Rakvere_kinnistusamet, lk 10
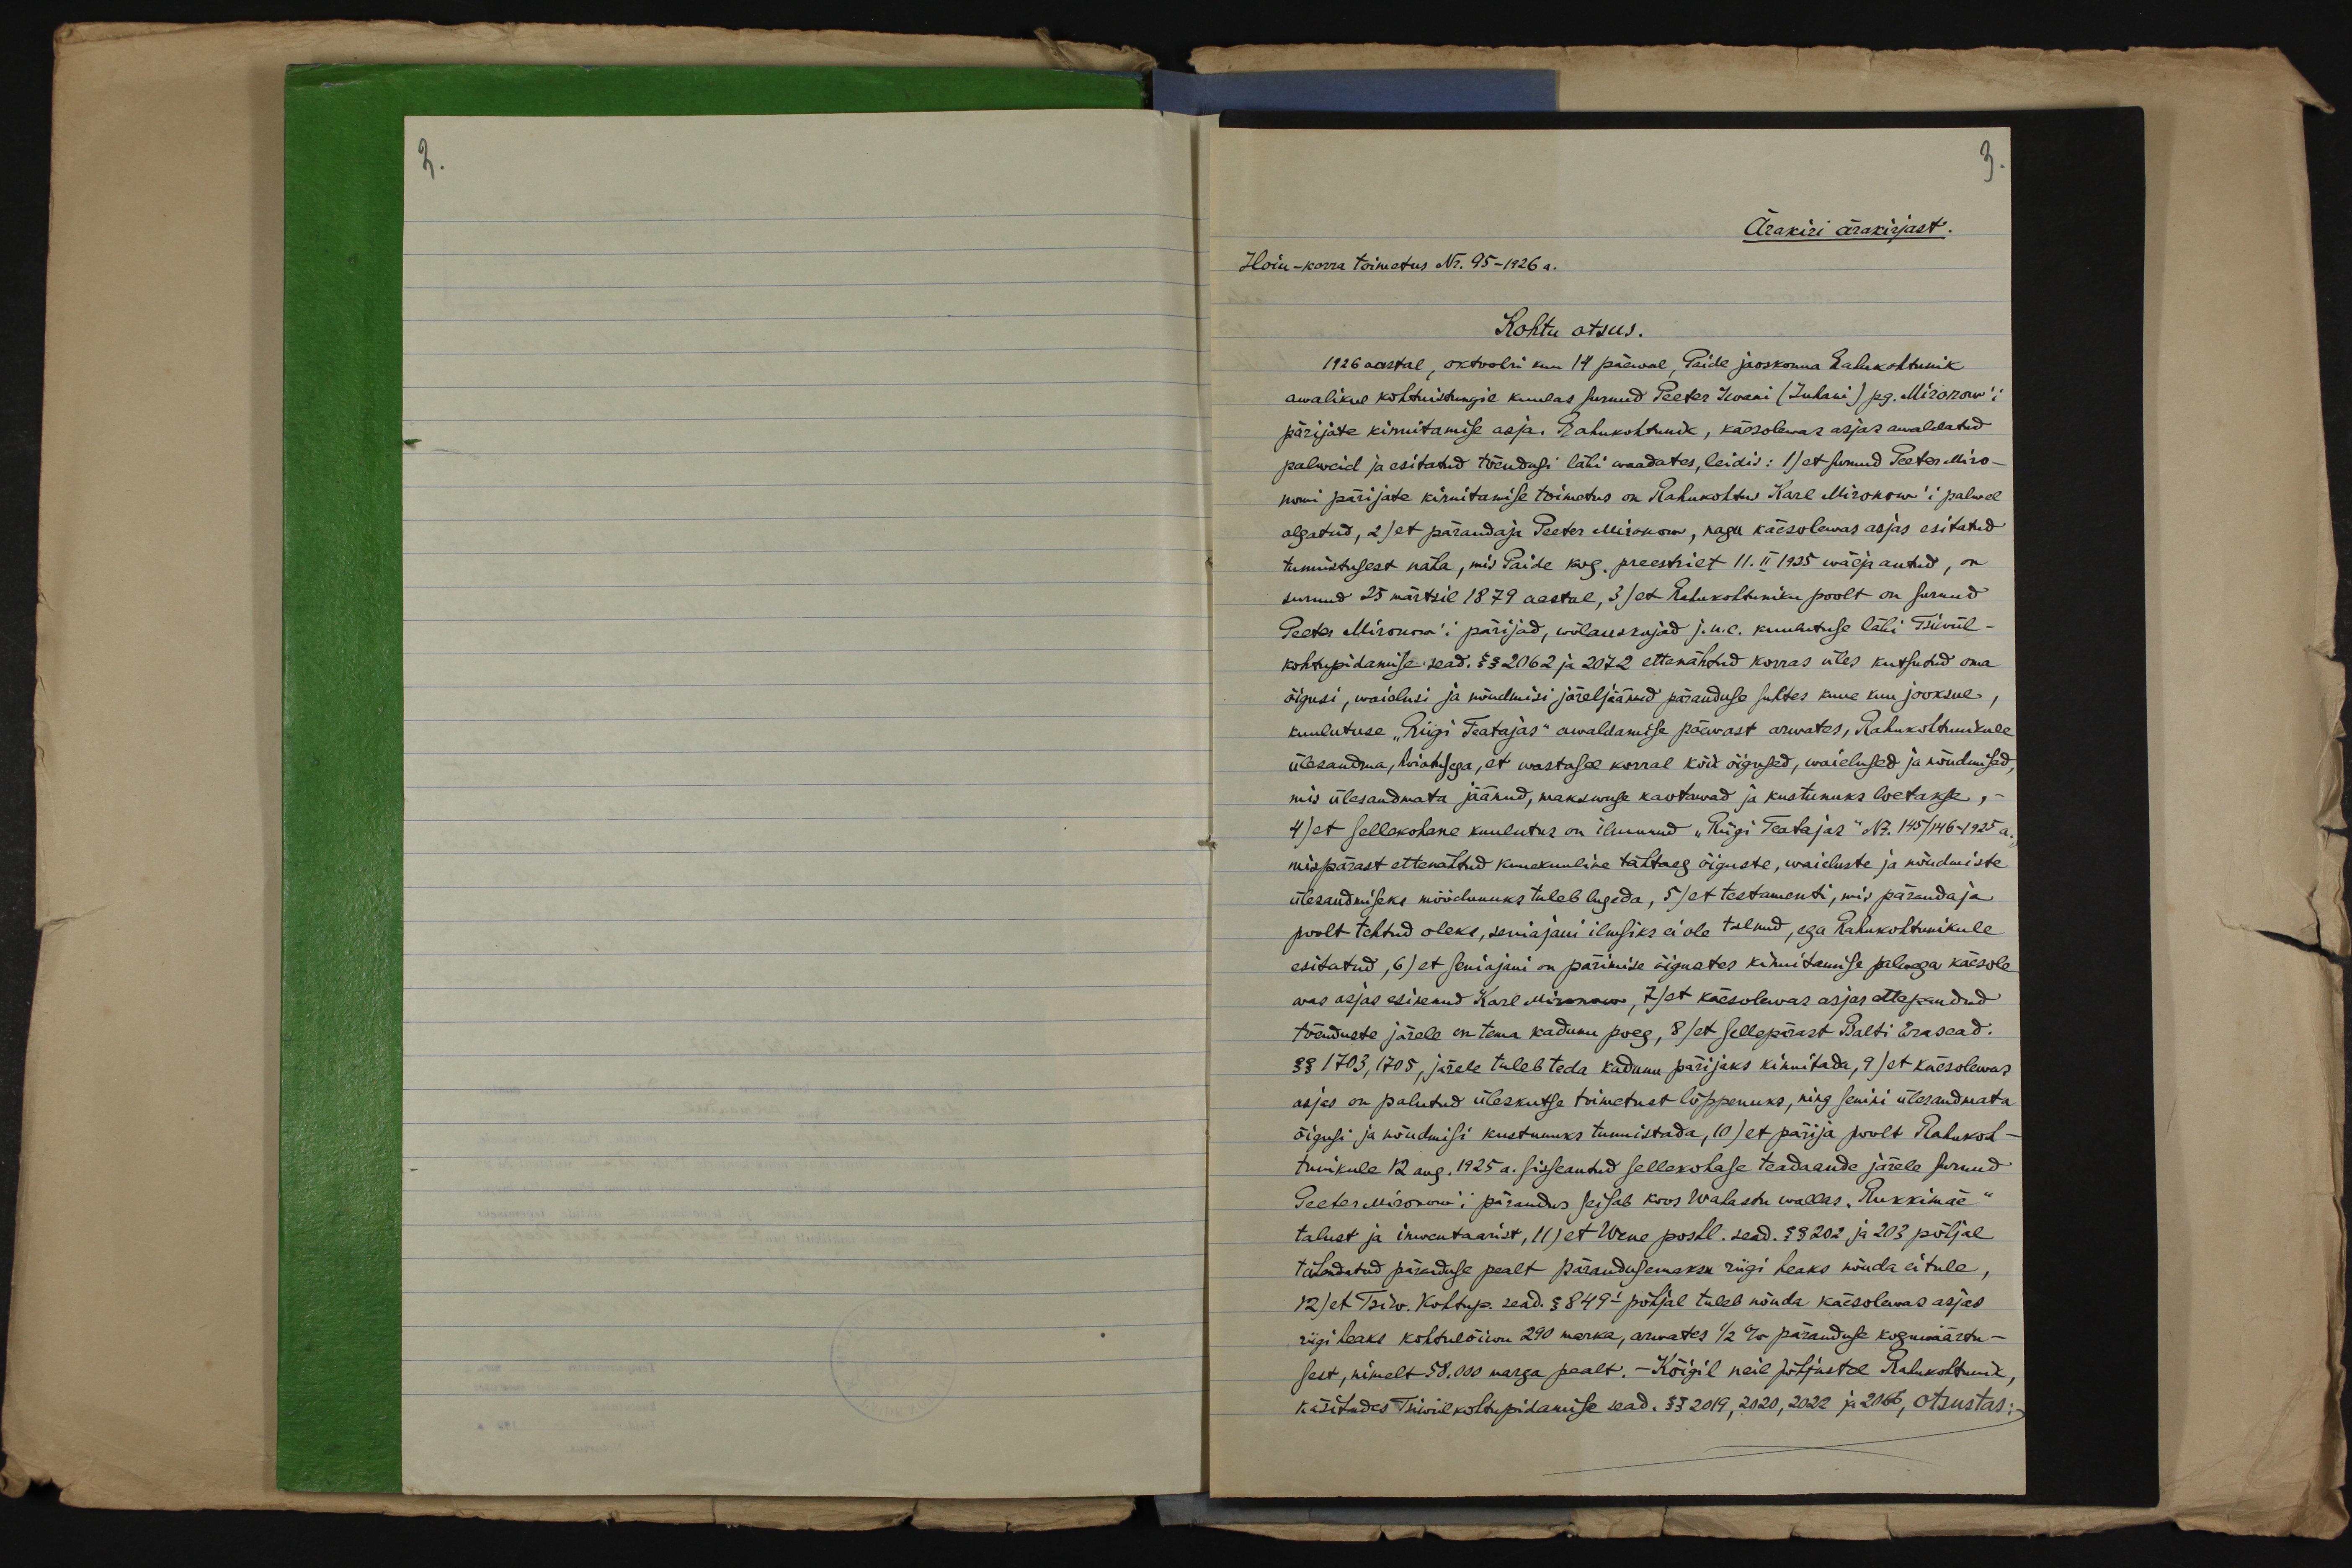
3.
Ärakiri ärakirjast.
Hoiu-korra toimetus Nr. 95-1926 a.
Kohtu otsus.
1926 aastal, oktoobri kuu 14 päewal, Paide jaoskonna Rahukohtunik
awalikul kohtuistungil kuulas surnud Peeter Iwani (Juhani) pg. Mironow´i
pärijate kinnitamise asja. Rahukohtunik, käesolewas asjas awaldatud
palweid ja esitatud tõendusi läbi waadates, leidis: 1) et surnud Peeter Miro-
nowi pärijate kinnitamise toimetus on Rahukohtus Karl Mironow´i palwel
algatud, 2) et pärandaja Peeter Mironow, nagu käesolewas asjas esitatud
tunnistusest näha, mis Paide kog. preestrilt 11. II 1925 wälja antud, on
surnud 25 märtsil 1879 aastal, 3) et Rahukohtuniku poolt on surnud
Peeter Mironow´i pärijad, wõlauskujad j.n.e. kuulutuse läbi Tsiwiil-
kohtupidamise sead. §§ 2062 ja 2072 ettenähtud korras üles kutsutud oma
õigusi, waielusi ja nõudmisi järeljäänud päranduse suhtes kuue kuu jooksul,
kuulutuse "Riigi Teatajas" awaldamise päewast arwatas, Rahukohtunikule
ülesandma, hoiatusega, et wastasel korral kõik õigused, waielused ja nõudmised,
mis ülesandmata jäänud, makswuse kaotawad ja kustunuks loetakse,-
4) et sellekohane kuulutus on ilmunud "Riigi Teatajas" Nr.145/146-1925 a.,
mispärast ettenähtud kuuekuuline tähtaeg õiguste, waieluste ja nõudmiste
ülesandmiseks möödunuks tuleb lugeda, 5) et testamenti, mis pärandaja
poolt tehtud oleks, seniajani ilmsiks ei ole tulnud, ega Rahukohtunikule
esitatud, 6) et seniajani on pärimise õigustes kinnitamise palwega käesole-
was asjas esinenud Karl Mironow, 7) et käesolewas asjas ettepandud
tõenduste järele on tema kadunu poeg, 8) et sellepärast Balti Erasead.
§§ 1703, 1705, järele tuleb teda kadunu pärijaks kinnitada, 9/ et käesolewas
asjas on palutud üleskutse toimetust lõppenuks, ning senini ülesandmata
õigusi ja nõudmisi kustunuks tunnistada, 10) et pärija poolt Rahukoh-
tunikule 12 aug. 1925 a. sisseantud sellekohase teadaande järele surnud
Peeter Mironow´i pärandus seisab koos Wahastu wallas "Rukkimäe"
talust ja inwentaarist, 11) et Wene postl. sead. §§ 202 ja 203 põhjal
tähendatud päranduse pealt pärandusemaksu riigi heaks nõnda ei tule,
12) et Tsiw. Kohtup. sead. § 849I  põhjal tuleb nõuda käesolewas asjas
riigi heaks kohtulõiwu 290 marka, arwates 1/2 % päranduse koguwäärtu-
sest, nimelt 58.000 marga pealt. - Kõigil neil põhjustel Rahukohtunik,
käsitades Tsiwiilkohtupidamise sead. §§ 2019, 2020, 2022 ja 2066, otsustas: